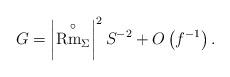
LaTeX: \begin{align*}G=\left\vert \overset{\circ }{\mathrm{Rm}_{\Sigma }}\right\vert^{2}S^{-2}+O\left( f^{-1}\right) . \end{align*}